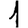
Digit: 1